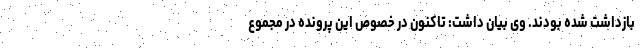
بازداشت شده بودند. وی بیان داشت: تاکنون در خصوص این پرونده در مجموع